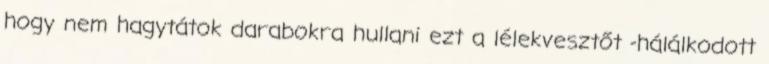
hogy nem hagytátok darabokra hullani ezt a lélekvesztőt -hálálkodott